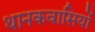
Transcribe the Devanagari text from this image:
थानकवासियों